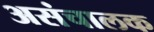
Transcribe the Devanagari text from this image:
असंचालक